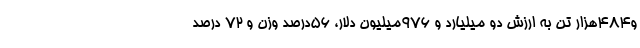
و484هزار تن به ارزش دو میلیارد و 976میلیون دلار، 56درصد وزن و 72 درصد